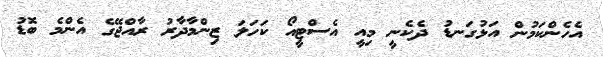
އެހެންކަމުން އަޅުގަނޑު ދެކެނީ މިއީ އެސްޓީއޯ ކަހަލަ ޒިންމާދާރު ރާއްޖޭގެ އެންމެ ބޮޑު